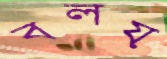
বলয়